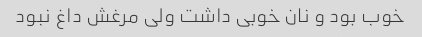
خوب بود و نان خوبی داشت ولی مرغش داغ نبود